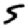
Digit: 5